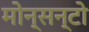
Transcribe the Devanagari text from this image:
मोन्सन्टो